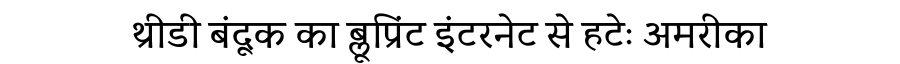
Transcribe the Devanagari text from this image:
थ्रीडी बंदूक का ब्लूप्रिंट इंटरनेट से हटेः अमरीका